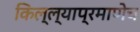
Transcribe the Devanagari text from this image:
किल्ल्याप्रमाणेच